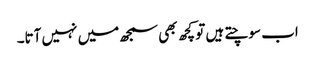
اب سوچتے ہیں تو کچھ بھی سمجھ میں نہیں آتا۔